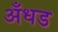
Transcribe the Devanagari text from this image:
अँधड